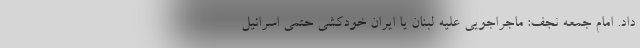
داد. امام جمعه نجف: ماجراجویی علیه لبنان یا ایران خودکشی حتمی اسرائیل